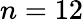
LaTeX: n=12